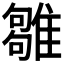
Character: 𩀣